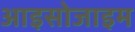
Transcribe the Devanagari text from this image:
आइसोजाइम